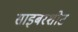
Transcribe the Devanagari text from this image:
साइबरशोट